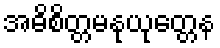
အဓိစိတ္တမနုယုတ္တေန